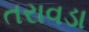
તરાવડા